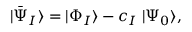
\ensuremath { \vert \bar { \Psi } _ { I } \rangle } = \ensuremath { \vert \Phi _ { I } \rangle } - c _ { I } \; \ensuremath { \vert \Psi _ { 0 } \rangle } ,